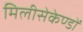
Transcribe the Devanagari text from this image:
मिलीसेकेण्डों